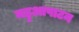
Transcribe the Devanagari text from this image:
महुआपाटन